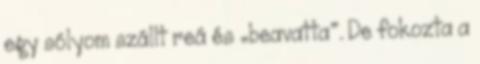
egy sólyom szállt reá és „beavatta”. De fokozta a